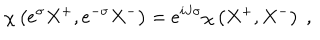
\chi \left( e ^ { \sigma } X ^ { + } , e ^ { - \sigma } X ^ { - } \right) = e ^ { i J \sigma } \chi \left( X ^ { + } , X ^ { - } \right) \ ,